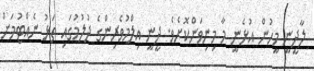
ލާދީނީ މީހުން އުޅެނީ މާ މިނިވަންކޮށެވެ. ދީނީ އިލްމުވެރިންގެ ދުލުމުގައި ތަޅު ނެއްޓުމަށް